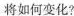
将如何变化?